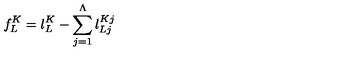
f _ { L } ^ { K } = l _ { L } ^ { K } - \sum _ { j = 1 } ^ { \Lambda } l _ { L j } ^ { K j }